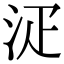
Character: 𣳟